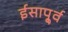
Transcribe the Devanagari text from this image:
ईसापू्र्व